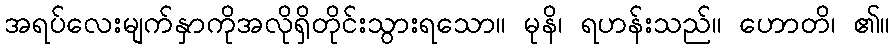
အရပ်လေးမျက်နှာကိုအလိုရှိတိုင်းသွားရသော။ မုနိ၊ ရဟန်းသည်။ ဟောတိ၊ ၏။